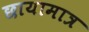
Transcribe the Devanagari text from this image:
छायामात्र